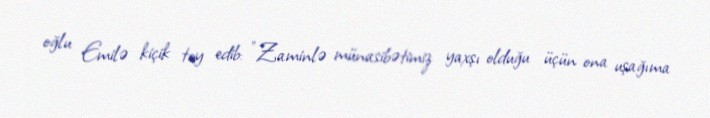
oğlu Emilə kiçik toy edib: "Zaminlə münasibətimiz yaxşı olduğu üçün ona uşağıma